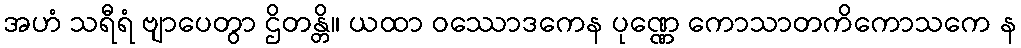
အဟံ သရီရံ ဗျာပေတွာ ဌိတန္တိ။ ယထာ ဝဿောဒကေန ပုဏ္ဏေ ကောသာတကိကောသကေ န